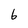
Character: 6